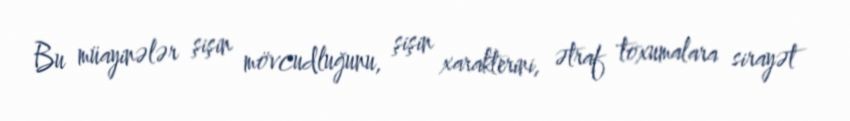
Bu müayinələr şişin mövcudluğunu, şişin xarakterini, ətraf toxumalara sirayət